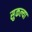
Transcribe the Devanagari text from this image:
सुकल्या